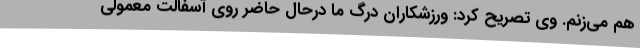
هم می‌زنم. وی تصریح کرد: ورزشکاران درگ ما درحال حاضر روی آسفالت معمولی